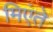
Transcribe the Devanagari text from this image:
मिएंते